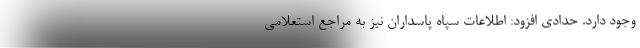
وجود دارد. حدادی افزود: اطلاعات سپاه پاسداران نیز به مراجع استعلامی